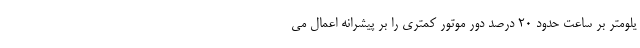
یلومتر بر ساعت حدود ۲۰ درصد دور موتور کمتری را بر پیشرانه اعمال می